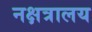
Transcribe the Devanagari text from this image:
नक्षत्रालय